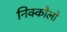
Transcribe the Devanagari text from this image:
निक्कोलो